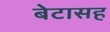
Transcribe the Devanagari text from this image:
बेटासह